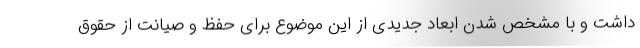
داشت و با مشخص شدن ابعاد جدیدی از این موضوع برای حفظ و صیانت از حقوق